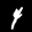
Label: 4